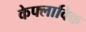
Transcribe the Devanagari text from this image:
केफ्लाविक